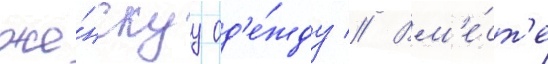
же́нскуу од'е́жду // Вм'е́ст'е